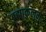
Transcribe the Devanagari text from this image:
ब्रह्माकुलम